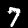
Digit: 7